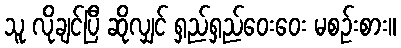
သူ လိုချင်ပြီ ဆိုလျှင် ရှည်ရှည်ဝေးဝေး မစဉ်းစား။